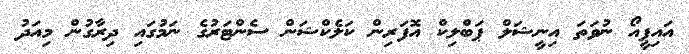
އައިޕީއޯ ނުވަތަ އިނީޝަލް ޕަބްލިކް އޮފަރިން ކަލެކްޝަން ސެންޓަރުގެ ނަމުގައި ދިރާގުން މިއަދު